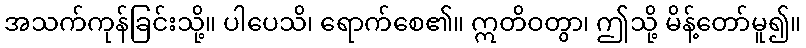
အသက်ကုန်ခြင်းသို့။ ပါပေသိ၊ ရောက်စေ၏။ ဣတိဝတွာ၊ ဤသို့ မိန့်တော်မူ၍။